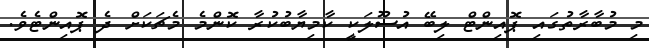
މި މުބާރާތުގައި ޕޮއިންޓް ލިބޭ އުސޫލަކީ ކާމިޔާބުކުރާ ކޮންމެ މެޗަކަަށް ދެ ޕޮއިންޓެވެ.